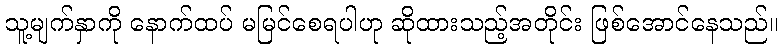
သူ့မျက်နှာကို နောက်ထပ် မမြင်စေရပါဟု ဆိုထားသည့်အတိုင်း ဖြစ်အောင်နေသည်။